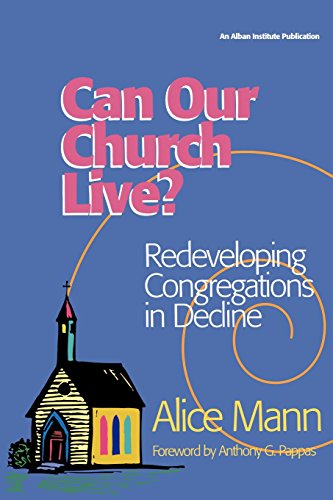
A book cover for Can Our Church Live?; Alice Mann; Christian Books & Bibles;